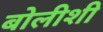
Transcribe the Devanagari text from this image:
बोलीशी